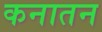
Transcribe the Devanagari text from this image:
कनातन